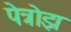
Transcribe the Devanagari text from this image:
पेत्रोझ